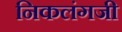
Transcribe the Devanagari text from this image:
निकलंगजी